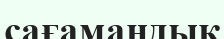
сағамаңдық